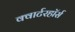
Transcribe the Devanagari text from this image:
क्वार्टरहॉर्स